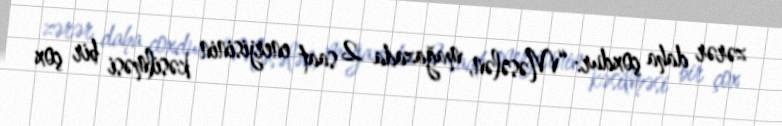
zərər daha çoxdur: “Məsələn, mağazada 2 saat enerjisinin kəsilməsi bir çox